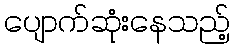
ပျောက်ဆုံးနေသည့်